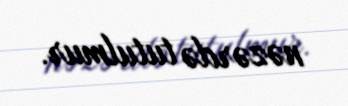
nəzərdə tutulmur.